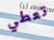
تعطي